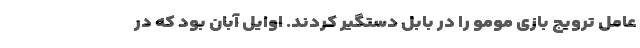
عامل ترویج بازی مومو را در بابل دستگیر کردند. اوایل آبان بود که در